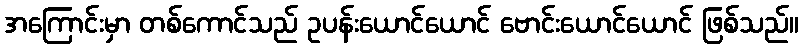
အကြောင်းမှာ တစ်ကောင်သည် ဥပန်းယောင်ယောင် ဗောင်းယောင်ယောင် ဖြစ်သည်။